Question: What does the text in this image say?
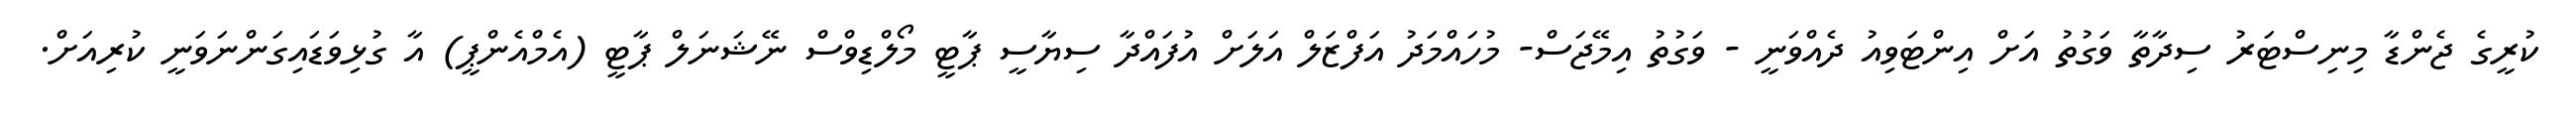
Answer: ކުރީގެ ޖެންޑާ މިނިސްޓަރު ސިދާތާ ވަގުތު އަށް އިންޓަވިއު ދެއްވަނީ - ވަގުތު އިމޭޖަސް- މުހައްމަދު އަފްޒަލް އަލަށް އުފައްދާ ސިޔާސީ ޕާޓީ މޯލްޑިވްސް ނޭޝަނަލް ޕާޓީ (އެމްއެންޕީ) އާ ގުޅިވަޑައިގަންނަވަނީ ކުރިއަށް.